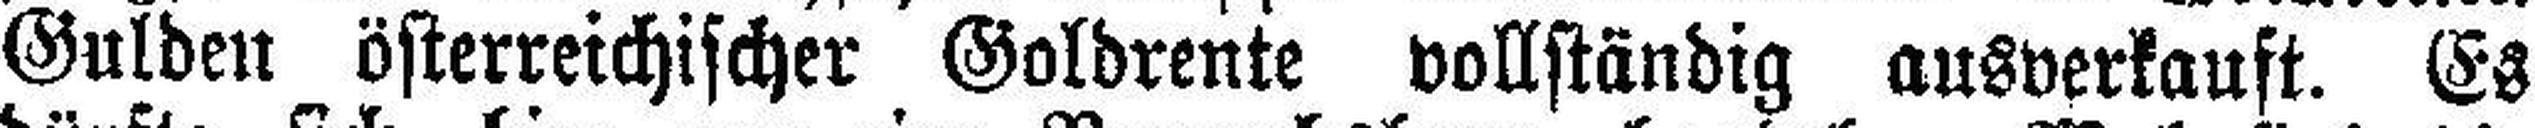
Gulden österreichischer Goldrente vollständig ausverkauft. Es